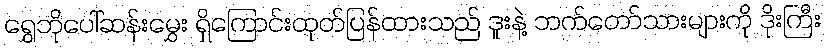
ရွှေဘိုပေါ်ဆန်းမွှေး ရှိကြောင်းထုတ်ပြန်ထားသည် ဒူးနဲ့ ဘက်တော်သားများကို ဒိုးကြီး